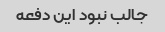
جالب نبود این دفعه